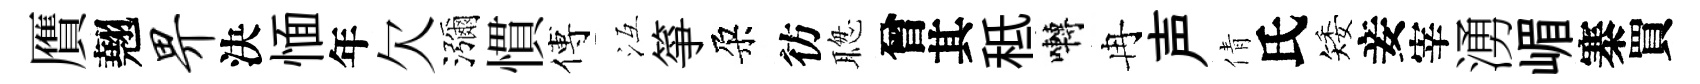
贋翹畀決愐年欠瀰慣傅冱箏朶彷聦曾其秪囀冉声倩氏矮妾宰湧嵋寨買